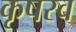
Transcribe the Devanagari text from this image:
कृषस्व